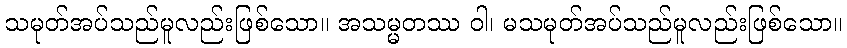
သမုတ်အပ်သည်မူလည်းဖြစ်သော။ အသမ္မတဿ ဝါ၊ မသမုတ်အပ်သည်မူလည်းဖြစ်သော။